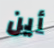
أين